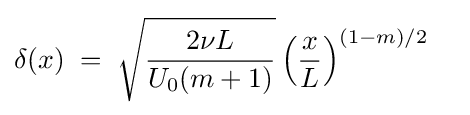
\delta (x)\;=\;{\sqrt {\frac {2\nu L}{U_{0}(m+1)}}}\left({\frac {x}{L}}\right)^{(1-m)/2}\quad